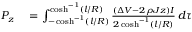
\begin{array} { r l } { P _ { z } } & { { } = \int _ { - \cosh ^ { - 1 } ( l / R ) } ^ { \cosh ^ { - 1 } ( l / R ) } \frac { ( \Delta V - 2 \rho J z ) I } { 2 \cosh ^ { - 1 } ( l / R ) } \, d \tau } \end{array}